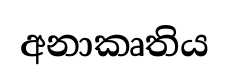
අනාකෘතිය